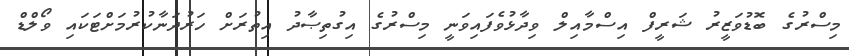
މިސްރުގެ ބޮޑުވަޒީރު ޝަރީފް އިސްމާއިލް ވިދާޅުވެފައިވަނީ މިސްރުގެ އިގުތިޞާދު އިތުރަށް ހަރުދަނާކުރުމަށްޓަކައި ވޯލްޑް